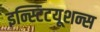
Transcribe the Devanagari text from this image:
इन्स्टिटयूशन्स